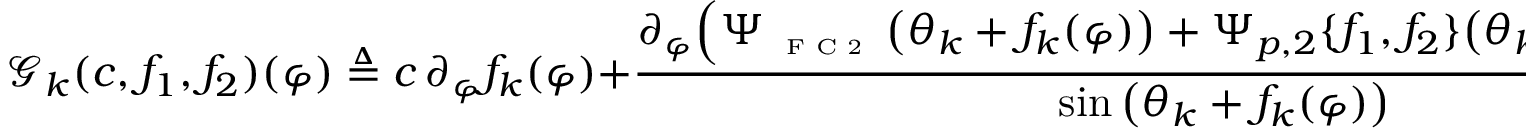
\mathscr { G } _ { k } ( c , f _ { 1 } , f _ { 2 } ) ( \varphi ) \triangleq c \, \partial _ { \varphi } f _ { k } ( \varphi ) + \frac { \partial _ { \varphi } \Big ( \Psi _ { \textnormal { \tiny { F C 2 } } } \big ( \theta _ { k } + f _ { k } ( \varphi ) \big ) + \Psi _ { p , 2 } \{ f _ { 1 } , f _ { 2 } \} \big ( \theta _ { k } + f _ { k } ( \varphi ) , \varphi \big ) \Big ) } { \sin \big ( \theta _ { k } + f _ { k } ( \varphi ) \big ) } \cdot